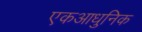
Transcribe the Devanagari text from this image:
एकआधुनिक